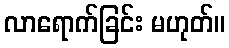
လာရောက်ခြင်း မဟုတ်။